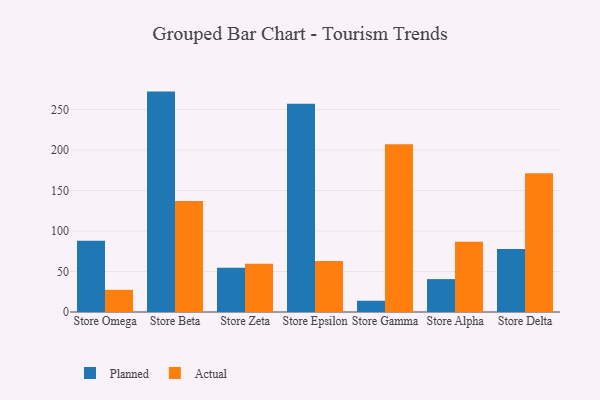
{"axis": {"x": "Store", "y": "Population (Million)"}, "legend": ["Actual", "Planned"], "data": [{"x": "Store Omega", "y": 87.9, "type": "Planned"}, {"x": "Store Omega", "y": 27.4, "type": "Actual"}, {"x": "Store Beta", "y": 272.1, "type": "Planned"}, {"x": "Store Beta", "y": 137.0, "type": "Actual"}, {"x": "Store Zeta", "y": 54.6, "type": "Planned"}, {"x": "Store Zeta", "y": 59.6, "type": "Actual"}, {"x": "Store Epsilon", "y": 257.0, "type": "Planned"}, {"x": "Store Epsilon", "y": 63.1, "type": "Actual"}, {"x": "Store Gamma", "y": 13.9, "type": "Planned"}, {"x": "Store Gamma", "y": 207.1, "type": "Actual"}, {"x": "Store Alpha", "y": 40.6, "type": "Planned"}, {"x": "Store Alpha", "y": 86.8, "type": "Actual"}, {"x": "Store Delta", "y": 77.9, "type": "Planned"}, {"x": "Store Delta", "y": 171.2, "type": "Actual"}]}